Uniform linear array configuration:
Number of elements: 4
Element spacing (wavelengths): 0.25
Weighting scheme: blackman
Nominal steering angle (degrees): -45
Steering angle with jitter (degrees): -43.044
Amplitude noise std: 0.05
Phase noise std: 0.05

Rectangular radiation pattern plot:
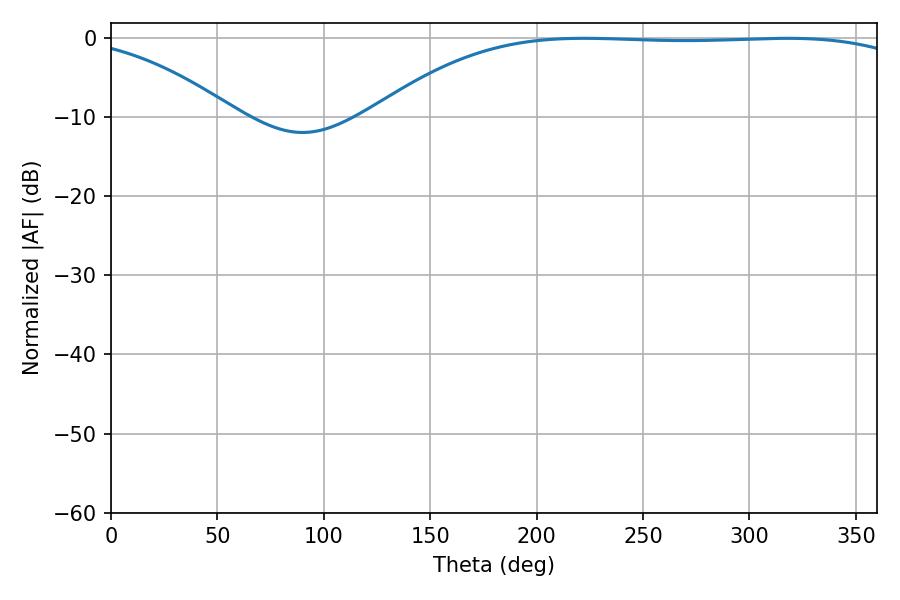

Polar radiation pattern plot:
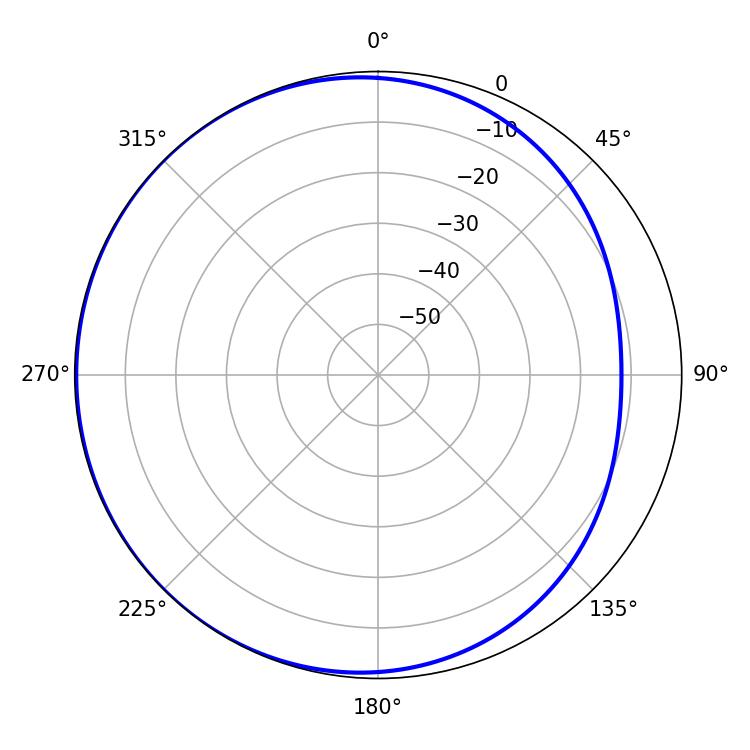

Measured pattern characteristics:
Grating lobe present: FALSE
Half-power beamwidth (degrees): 198.9
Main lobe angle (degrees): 317.7